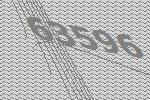
63596